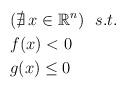
LaTeX: \begin{align*} &(\nexists\, x \in \mathbb{R}^n)\ \ s.t.\\ &f(x) < 0 \\ &g(x) \le 0 \end{align*}